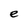
Character: e